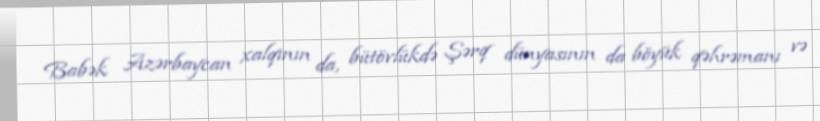
Babək Azərbaycan xalqının da, bütövlükdə Şərq dünyasının da böyük qəhrəmanı və